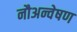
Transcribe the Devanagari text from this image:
नौअन्वेषण